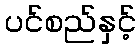
ပင်စည်နှင့်